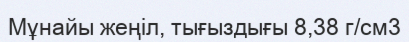
Мұнайы жеңіл, тығыздығы 8,38 г/см3